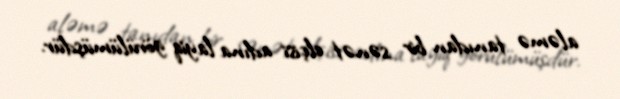
aləmə tanıdan bir sənət elçisi adına layiq görülümüşdür.